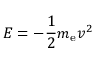
E = - { \frac { 1 } { 2 } } m _ { \mathrm { e } } v ^ { 2 }